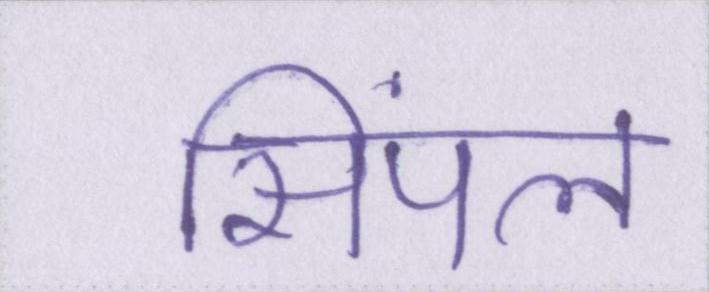
सिंपल